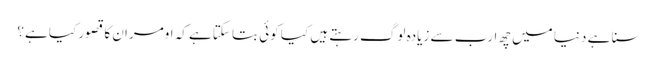
سنا ہے دنیا میں چھ ارب سے زیادہ لوگ رہتے ہیں کیا کوئی بتا سکتاہے کہ اومران کا قصور کیا ہے؟